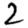
Digit: 2